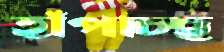
হাঁপাচ্ছ